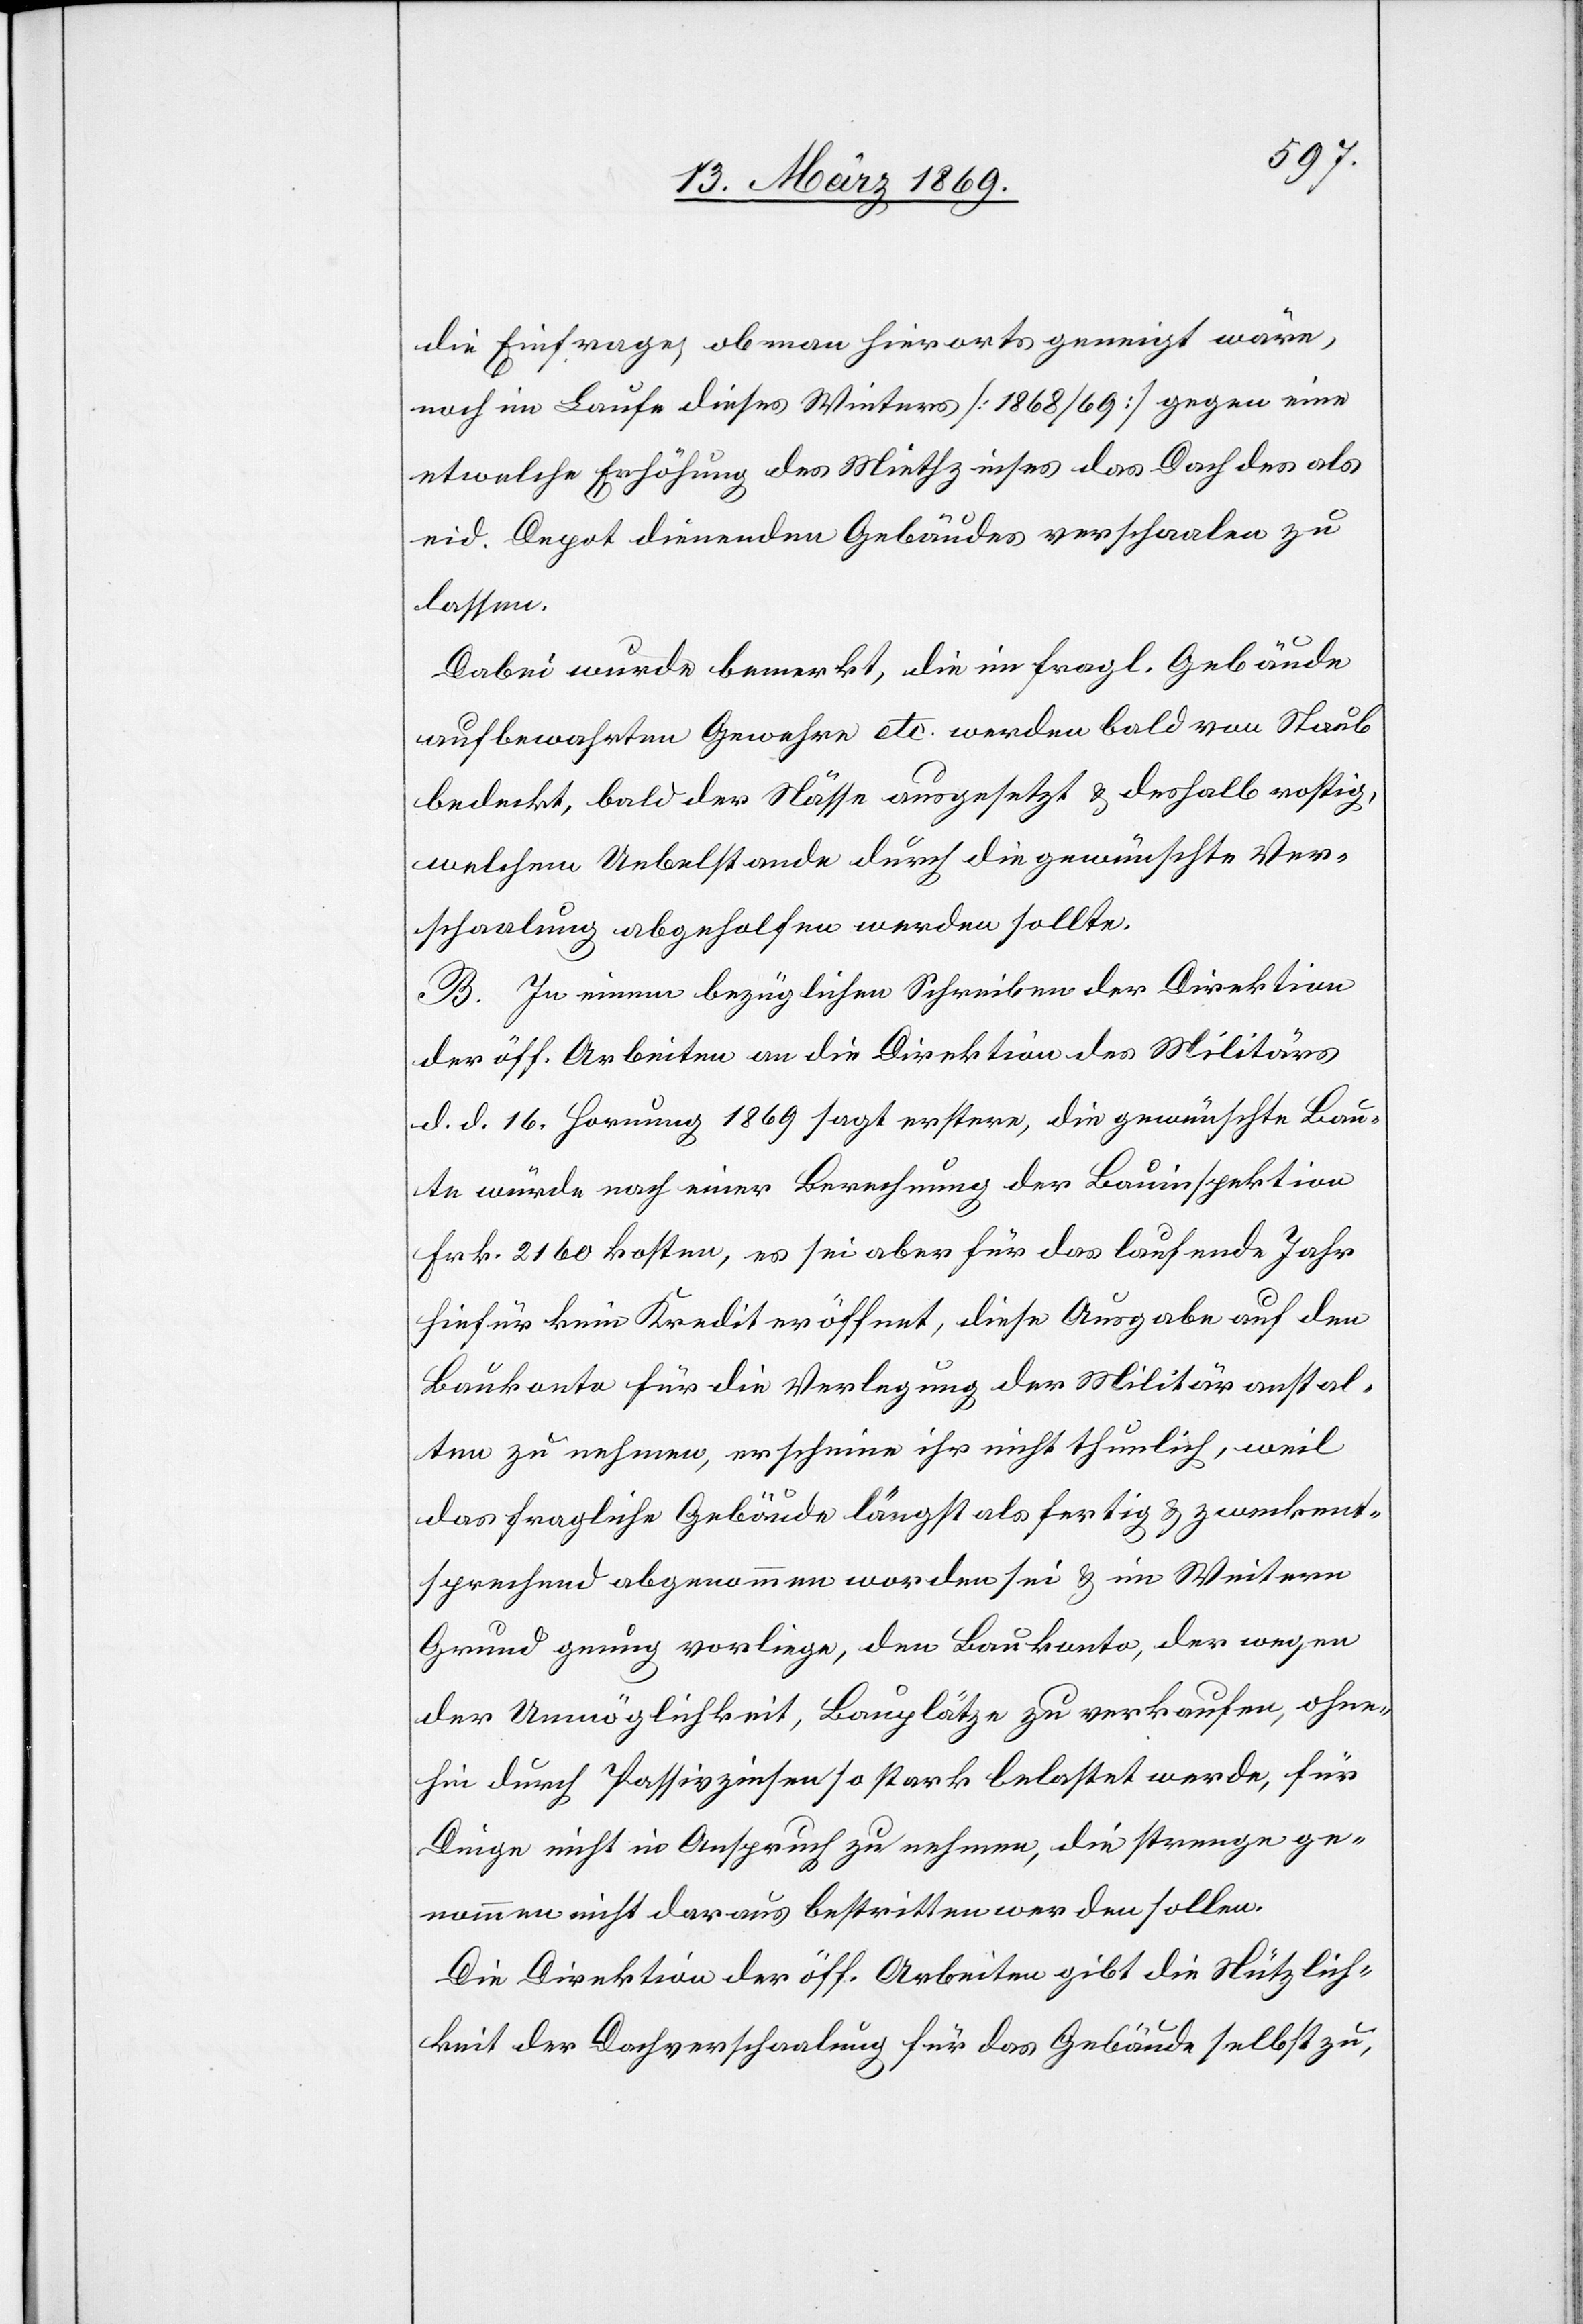
die Einfrage, ob man hierorts geneigt wäre,
noch im Laufe dieses Winters [1868/69] gegen eine
etwelche Erhöhung des Miethzinses das Dach des als
eid. Depot dienenden Gebäudes verschaalen zu
lassen.
Dabei wurde bemerkt, die im fragl. Gebäude
aufbewahrten Gewehre etc. werden bald von Staub
bedeckt, bald der Nässe ausgesetzt & deshalb rostig,
welchem Uebelstande durch die gewünschte Ver¬
schaalung abgeholfen werden sollte.
B. In einem bezüglichen Schreiben der Direktion
der öff. Arbeiten an die Direktion des Militärs
d. d. 16. Hornung 1869 sagt erstere, die gewünschte Bau¬
te würde nach einer Berechnung der Bauinspektion
Frk. 2160. kosten, es sei aber für das laufende Jahr
hiefür kein Kredit eröffnet, diese Ausgabe auf den
Baukonto für die Verlegung der Militäranstal¬
ten zu nehmen, erscheine ihr nicht thunlich, weil
das fragliche Gebäude längt als fertig & zweckent¬
sprechend abgenommen worden sei & im Weitern
Grund genug vorliege, den Baukonto, der wegen
der Unmöglichkeit, Bauplätze zu verkaufen, ohne¬
hin durch Passivzinsen so stark belastet werde, für
Dinge nicht in Anspruch zu nehmen, die strenge ge¬
nommen nicht daraus bestritten werden sollen.
Die Direktion der öff. Arbeiten gibt der Nützlich¬
keit der Dachverschaalung für das Gebäude selbst zu,